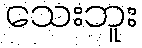
သေးဘူး